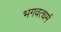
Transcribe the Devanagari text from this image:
भगवत्धर्म